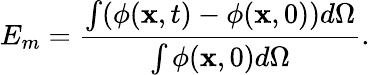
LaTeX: E_{m}=\frac{\int(\phi(\textbf{x},t)-\phi(\textbf{x},0))d\Omega}{\int\phi(\textbf{x},0)d\Omega}.